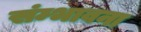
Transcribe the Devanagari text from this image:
संम्भावना